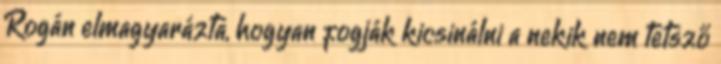
Rogán elmagyarázta, hogyan fogják kicsinálni a nekik nem tetsző